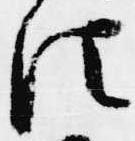
法